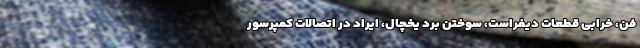
فن، خرابی قطعات دیفراست، سوختن برد یخچال، ایراد در اتصالات کمپرسور